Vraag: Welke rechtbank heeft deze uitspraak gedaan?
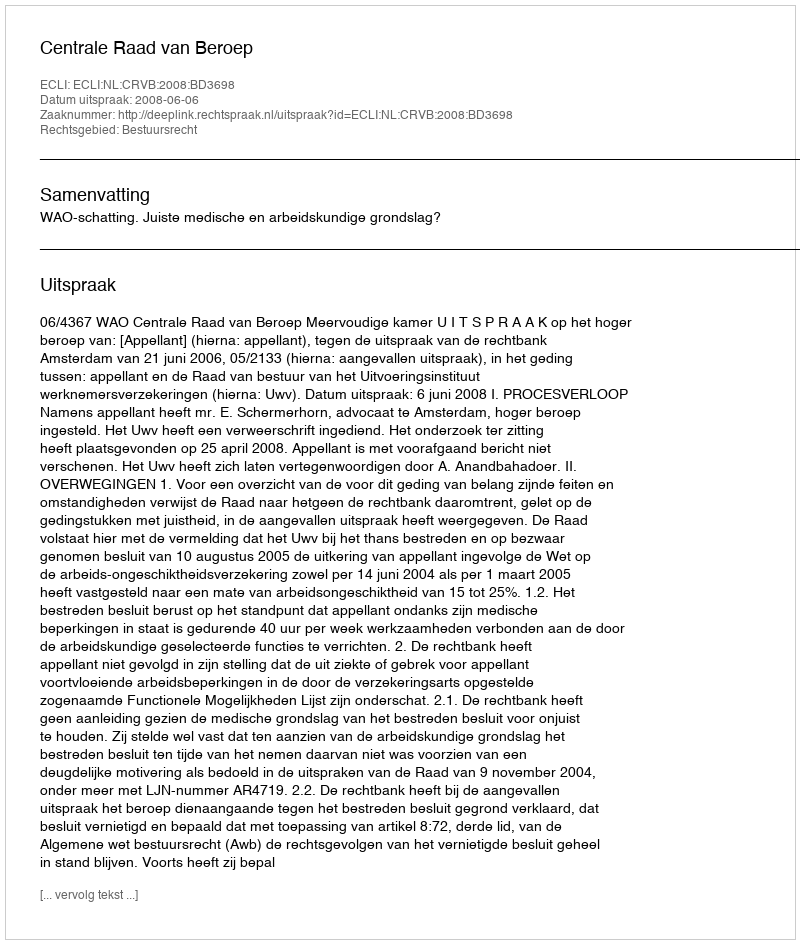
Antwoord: Centrale Raad van Beroep